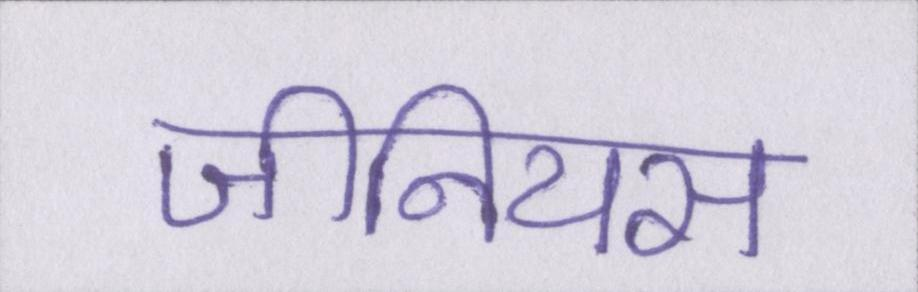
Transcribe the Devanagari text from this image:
जीनियस